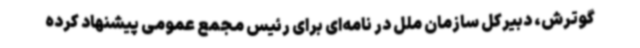
گوترش، دبیرکل سازمان ملل در نامه‌ای برای رئیس مجمع عمومی پیشنهاد کرده